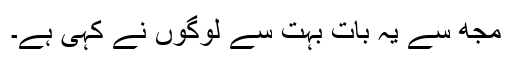
مجھ سے یہ بات بہت سے لوگوں نے کہی ہے۔